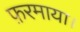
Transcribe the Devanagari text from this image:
फ़रमाया।